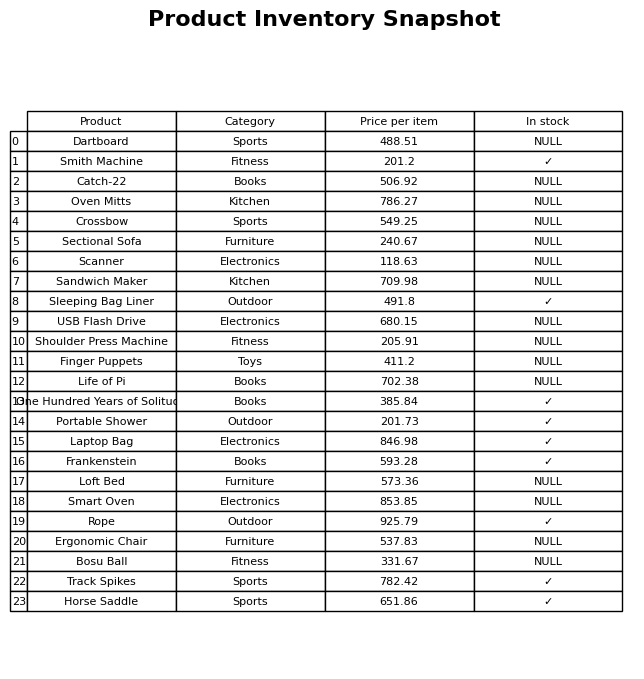
question: What is the price for Smith Machine?
answer: The price of Smith Machine is 201.2.